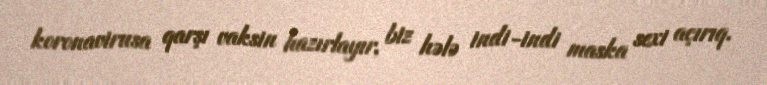
koronavirusa qarşı vaksin hazırlayır, biz hələ indi-indi maska sexi açırıq.